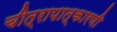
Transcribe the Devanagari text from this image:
चीत्रापात्कारणी